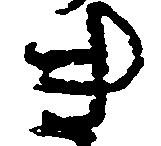
き